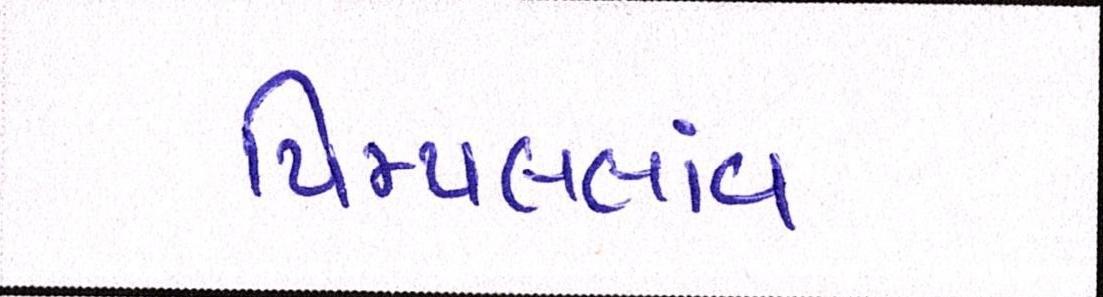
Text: પિમ્પલગાંવ